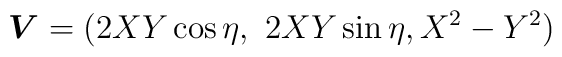
{\mbox {\boldmath $V$}} = (2 XY\cos \eta, \ 2XY\sin \eta, X^2-Y^2)